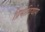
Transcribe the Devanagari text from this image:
प्रियावियोग